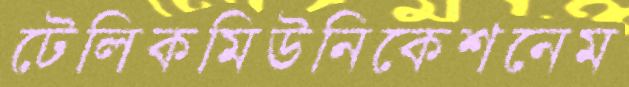
টেলিকমিউনিকেশনেম